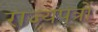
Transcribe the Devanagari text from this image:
राज्यपत्रों